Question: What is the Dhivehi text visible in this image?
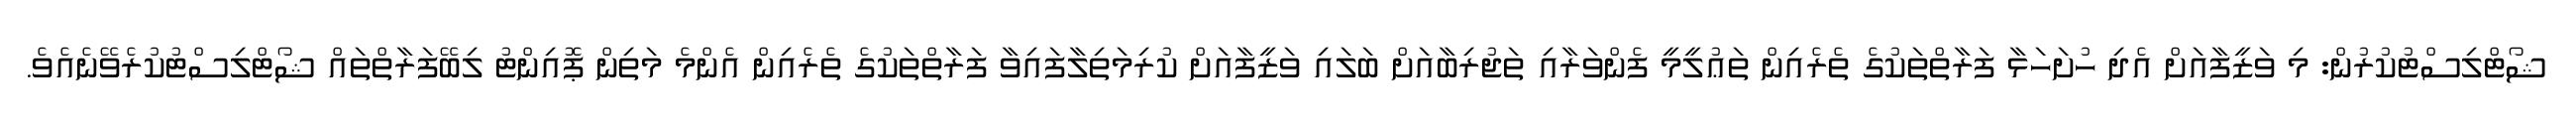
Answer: ޝޯޓްލިސްޓުކުރުން: މި ވަޒީފާއަށް އެދި ހުށަހަޅާ ފަރާތްތަކުގެ ތެރެއިން ތަޢުލީމީ ފެންވަރާއި ތަޖުރިބާއަށް ބަލައި ވަޒީފާއަށް ކުރިމަތިލާފައިވާ ފަރާތްތަކުގެ ތެރެއިން އެންމެ މަތިން ޕޮއިންޓު ލިބޭފަރާތްތައް ޝޯޓްލިސްޓުކުރެވޭނެއެވެ.